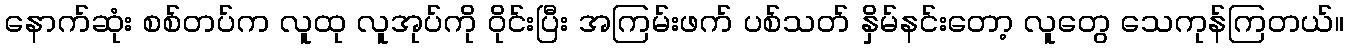
နောက်ဆုံး စစ်တပ်က လူထု လူအုပ်ကို ဝိုင်းပြီး အကြမ်းဖက် ပစ်သတ် နှိမ်နင်းတော့ လူတွေ သေကုန်ကြတယ်။